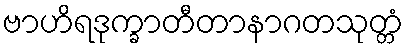
ဗာဟိရဒုက္ခာတီတာနာဂတသုတ္တံ